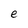
Character: e